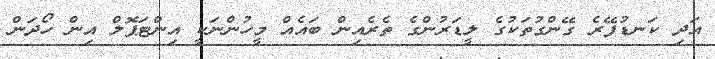
އަދި ކަނޑުފޭރެ ގޭންގުތަކުގެ ލީޑަރުންގެ ތެރެއިން ބައެއް މީހުންނަކީ އިންޓަޕޮލް އިން ހޯދަން